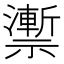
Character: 𥜙